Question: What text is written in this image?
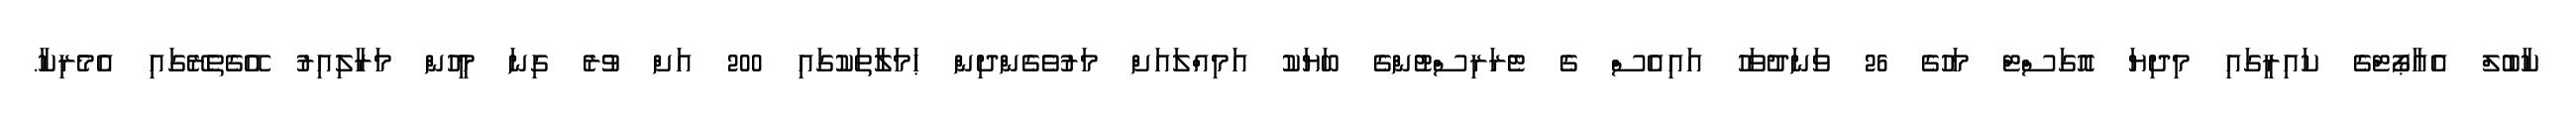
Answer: ކާބުލް އެއާޕޯޓްގެ ކައިރީގައި މިދިޔަ އޮގަސްޓް މަހުގެ 26 ވަނަދުވަހު އައިއެސް ގެ ޓެރަރިސްޓުންގެ ބަޔަކު އަމިއްލައަށް މަރުވެގެންދިން ޙަމަލާތަކުގައި 200 އަށް ވުރެ ގިނަ މީހުން މަރާލިއިރު އޭގެތެރޭގައި އެމެރިކާ.